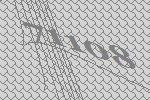
71108